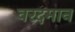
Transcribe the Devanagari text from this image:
वरदमान